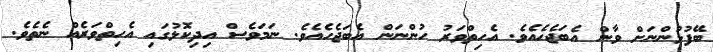
ބޭފުޅުންނަށް ވާން އެބަޖެހެއެވެ. އެހިތްވަރު ހުންނަން އެބަޖެހެއެވެ. ނަމަވެސް އިދިކޮޅުގައި އެހިތްވަރެއް ނެތެވެ.